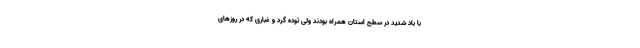
با باد شدید در سطح استان همراه بودند ولی توده گرد و غباری که در روزهای